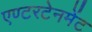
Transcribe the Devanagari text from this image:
एण्टरटेनमेंट